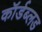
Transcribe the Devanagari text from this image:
कॉर्डब्लड